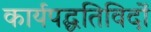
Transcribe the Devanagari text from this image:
कार्यपद्धतिविदों